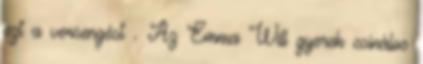
ezt a versengést . Az Emma Will gyerek csinálos